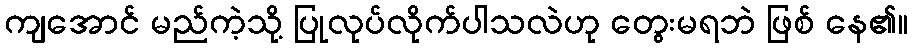
ကျအောင် မည်ကဲ့သို့ ပြုလုပ်လိုက်ပါသလဲဟု တွေးမရဘဲ ဖြစ် နေ၏။